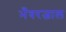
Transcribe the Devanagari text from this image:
भँवरजाल